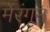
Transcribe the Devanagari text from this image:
मेंरंगून